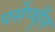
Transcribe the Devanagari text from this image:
पर्सेप्चुँल